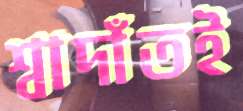
শ্বাদাঁতই